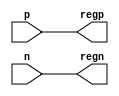
module differential_buffer (
    input p, n, // external differential signals
    output regp, regn // internal logic signals
);

// perform level shifting
assign regp = p;
assign regn = n;

endmodule